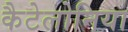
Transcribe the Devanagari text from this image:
कैटेलोनिया